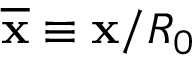
\overline { { \bf x } } \equiv { \bf x } / R _ { 0 }